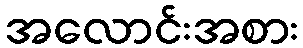
အလောင်းအစား